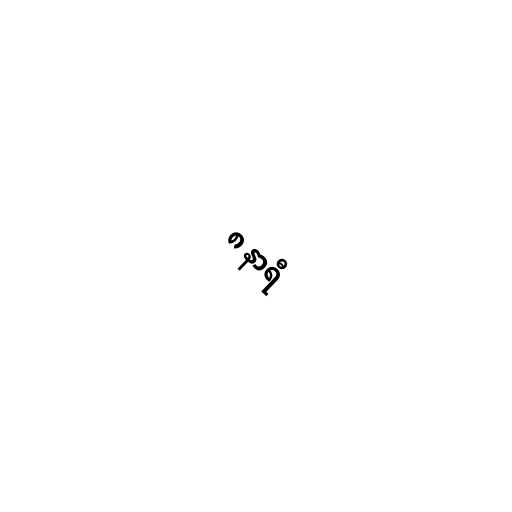
၈ နာရီ